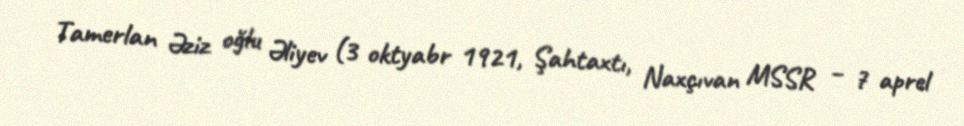
Tamerlan Əziz oğlu Əliyev (3 oktyabr 1921, Şahtaxtı, Naxçıvan MSSR – 7 aprel